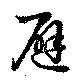
避